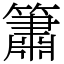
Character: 簫